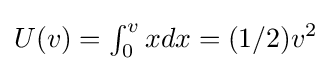
U(v)=\textstyle \int _{0}^{v}\displaystyle xdx=(1/2)v^{2}